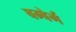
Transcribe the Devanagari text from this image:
बम्बेर्ग